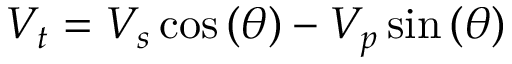
V _ { t } = V _ { s } \cos \left( \theta \right) - V _ { p } \sin \left( \theta \right)